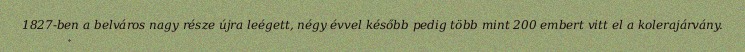
1827-ben a belváros nagy része újra leégett, négy évvel később pedig több mint 200 embert vitt el a kolerajárvány.